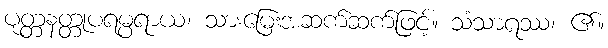
ပုတ္တနတ္တုပရမ္ပရာယ၊ သားမြေးအဆက်ဆက်ဖြင့်။ သံသာရဿ၊ ၏။